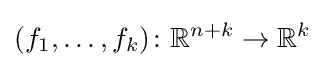
(f_{1},\ldots ,f_{k})\colon \mathbb {R} ^{n+k}\to \mathbb {R} ^{k}